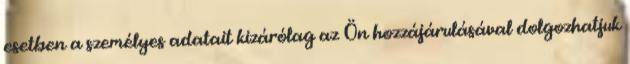
esetben a személyes adatait kizárólag az Ön hozzájárulásával dolgozhatjuk